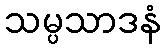
သမ္ပသာဒနံ